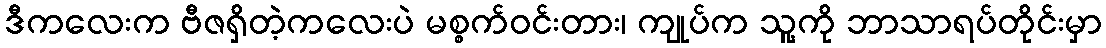
ဒီကလေးက ဗီဇရှိတဲ့ကလေးပဲ မစ္စက်ဝင်းတား၊ ကျုပ်က သူ့ကို ဘာသာရပ်တိုင်းမှာ